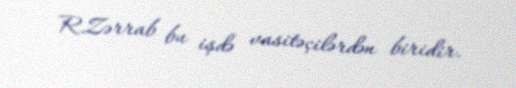
R.Zərrab bu işdə vasitəçilərdən biridir.